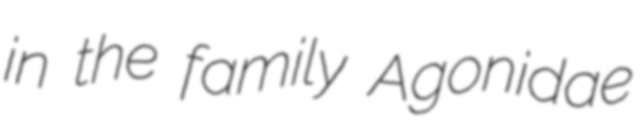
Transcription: in the family Agonidae